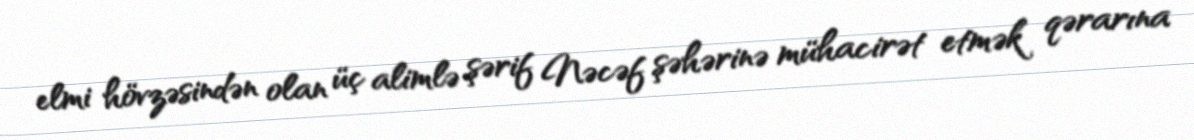
elmi hövzəsindən olan üç alimlə şərif Nəcəf şəhərinə mühacirət etmək qərarına